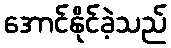
အောင်နိုင်ခဲ့သည်